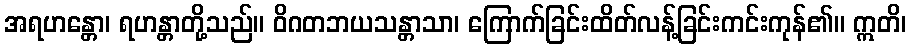
အရဟန္တော၊ ရဟန္တာတို့သည်။ ဝိဂတဘယသန္တာသာ၊ ကြောက်ခြင်းထိတ်လန့်ခြင်းကင်းကုန်၏။ ဣတိ၊